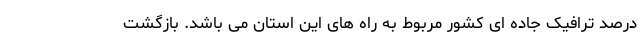
درصد ترافیک جاده ای کشور مربوط به راه های این استان می باشد. بازگشت